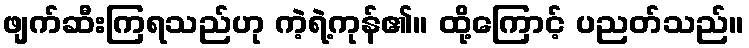
ဖျက်ဆီးကြရသည်ဟု ကဲ့ရဲ့ကုန်၏။ ထို့ကြောင့် ပညတ်သည်။